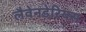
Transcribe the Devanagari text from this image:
लैवेनडेरियस